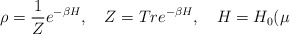
\begin{align*}\rho =\frac{1}{Z}e^{-\beta H},\quad Z=Tre^{-\beta H},\quad H=H_{0}(\mu\end{align*}